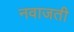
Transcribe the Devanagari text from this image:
नवाजती